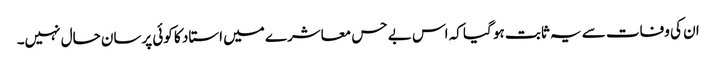
ان کی وفات سے یہ ثابت ہو گیا کہ اس بے حس معاشرے میں استاد کا کوئی پرسان حال نہیں۔